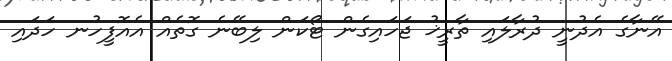
އޭނާގެ އެދުނީ ދުރާލައި ތާރީޚު ޖަހައިގެން ޓޯކަން ލިބޭނެ ގޮތެއް އެއޮފީހުނ ހަދައި